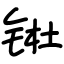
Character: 𬭊